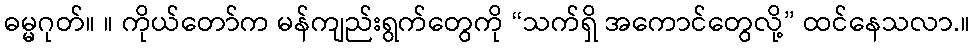
ဓမ္မဂုတ်။ ။ ကိုယ်တော်က မန်ကျည်းရွက်တွေကို “သက်ရှိ အကောင်တွေလို့” ထင်နေသလာ.။